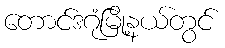
တောင်ဒဂုံမြို့နယ်တွင်